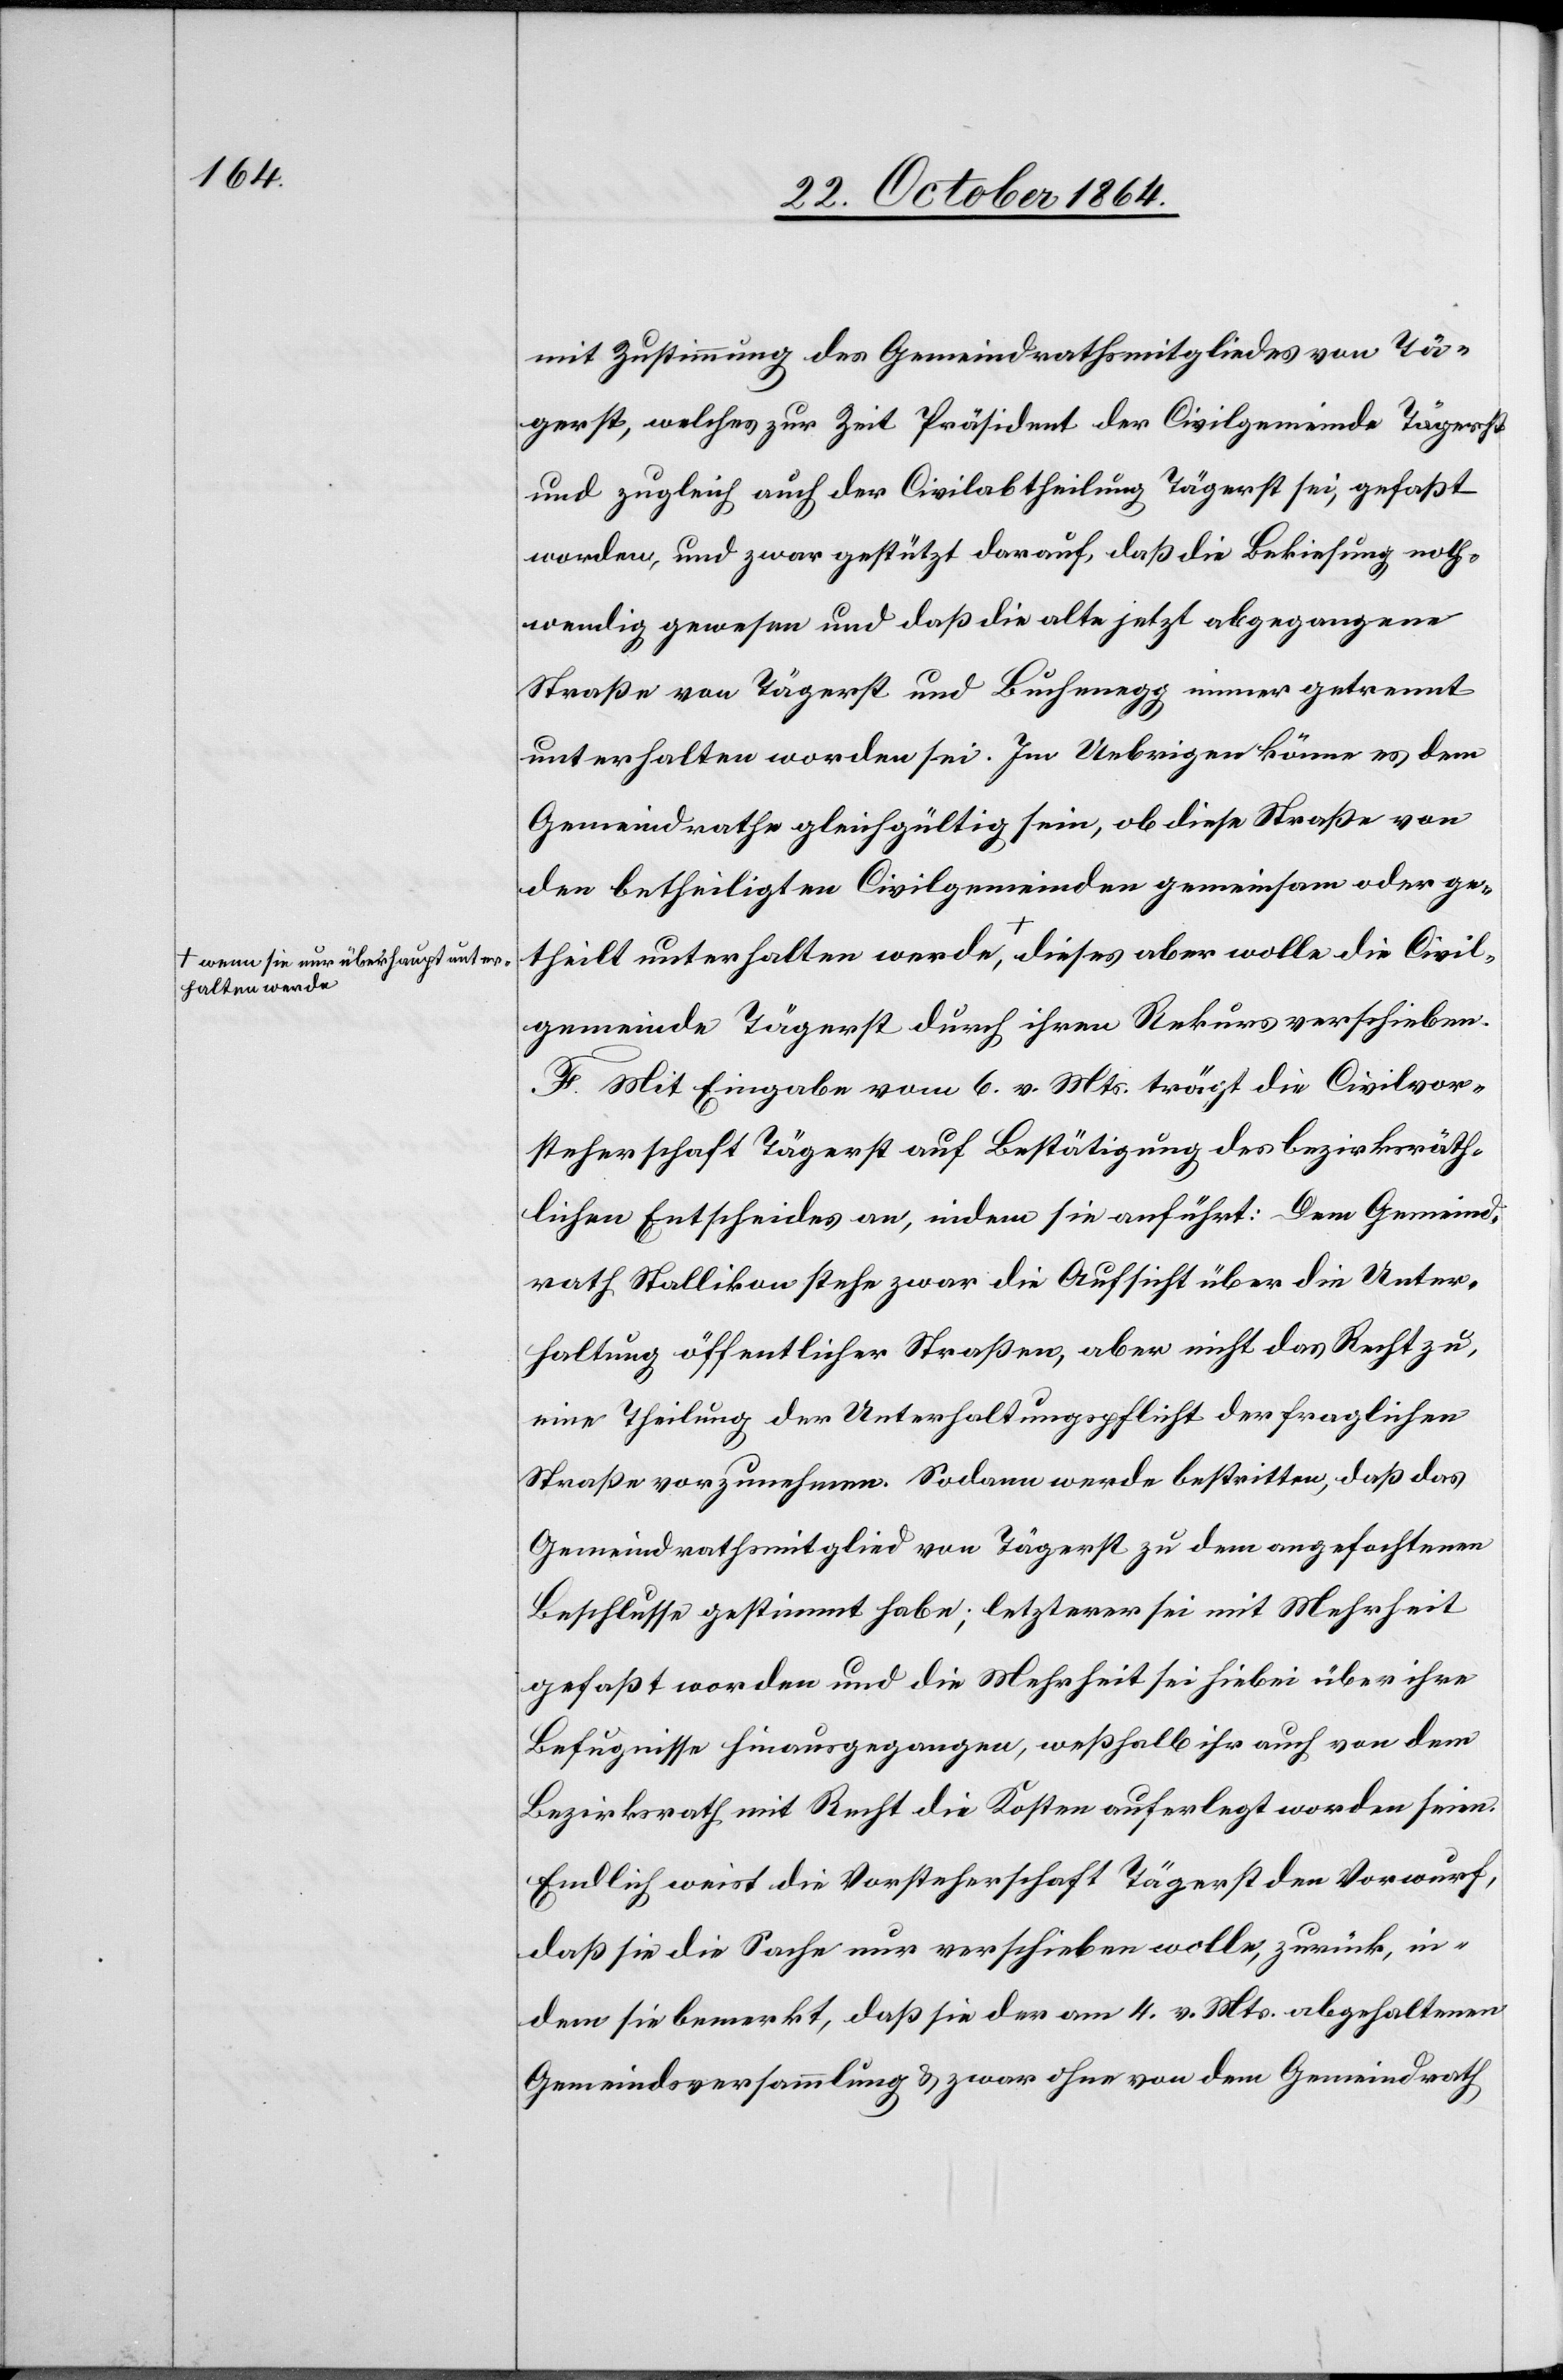
Civil¬
halten werde-a,

mit Zustimmung des Gemeindrathsmitgliedes von Tä¬
gerst, welches zur Zeit Präsident der Civilgemeinde Tägerst
und zugleich auch der Civilabtheilung Tägerst sei, gefaßt
worden, und zwar gestützt darauf, daß die Bekiesung noth¬
wendig gewesen und daß die alte jetzt abgegangene
Straße von Tägerst und Buchenegg immer getrennt
unterhalten worden sei. Im Uebrigen könne es dem
Gemeindrathe gleichgültig sein, ob diese Straße von
den betheiligten Civilgemeinden gemeinsam oder ge¬
theilt unterhalten werden a-wenn sie überhaupt unter¬
gemeinde Tägerst durch ihren Rekurs verschieben.
F. Mit Eingabe vom 6. v. Mts. trägt die Civilvor¬
steherschaft Tägerst auf Bestätigung des bezirksräth¬
lichen Entscheides an, indem sie anführt: Dem Gemeind¬
rath Stallikon stehe zwar die Aufsicht über die Unter¬
haltung öffentlicher Straßen, aber nicht das Recht zu,
eine Theilung der Unterhaltungspflicht der fraglichen
Straße vorzunehmen. Sodann werde bestritten, daß das
Gemeindrathsmitglied von Tägerst zu dem angefochtenen
Beschlusse gestimmt habe; letzterer sei mit Mehrheit
gefaßt worden und die Mehrheit sei hiebei über ihre
Befugnisse hinausgegangen, weßhalb ihr auch von dem
Bezirksrath mit Recht die Kosten auferlegt worden seien.
Endlich weist die Vorsteherschaft Tägerst den Vorwurf,
daß sie die Sache nur verschieben wolle, zurück, in¬
dem sie bemerkt, daß sie der am 4. v. Mts. abgehaltenen
Gemeindsversammlung & zwar ohne von dem Gemeindrath